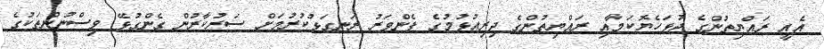
އެއީ ރައްޔިތުންގެ ދުޅަހެޔޮކަމާއި ރައްޔިތުންގެ ދިރިއުޅުމުގެ ފެންވަރު ރަނގަޅުކުރުމަށް ސަރުކާރުން ގެންގުޅޭ ވިސްނުންތަކުގެ